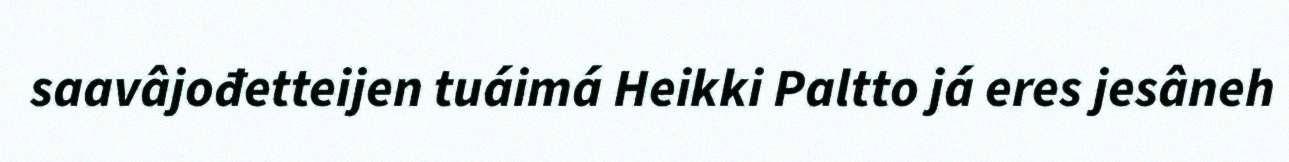
saavâjođetteijen tuáimá Heikki Paltto já eres jesâneh